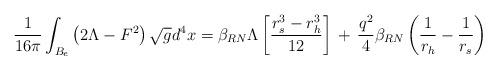
LaTeX: \begin{align*}\frac{1}{16\pi} \int_{B_{e}} \left(2\Lambda - F^{2}\right) \sqrt{g} d^{4}x = \beta_{RN}\Lambda \left[ \frac{r_{s}^{3} - r_{h}^{3}}{12}\right] \,+\, \frac{q^{2}}{4}\beta_{RN} \left( \frac{1}{r_{h}} - \frac{1}{r_{s}} \right)\end{align*}